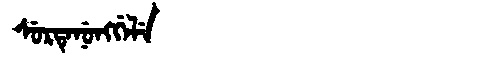
Manchu: ᠰᡠᡵᡨᡝᠨᡠᠩᡤᡝᠯᡝ
Romanization: SURTENUNGGELE